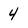
Character: 4